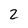
Character: 2